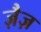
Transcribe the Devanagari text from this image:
ज़ैज़